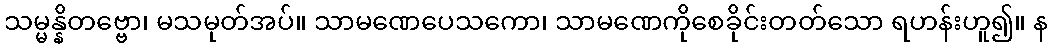
သမ္မန္နိတဗ္ဗော၊ မသမုတ်အပ်။ သာမဏေပေသကော၊ သာမဏေကိုစေခိုင်းတတ်သော ရဟန်းဟူ၍။ န